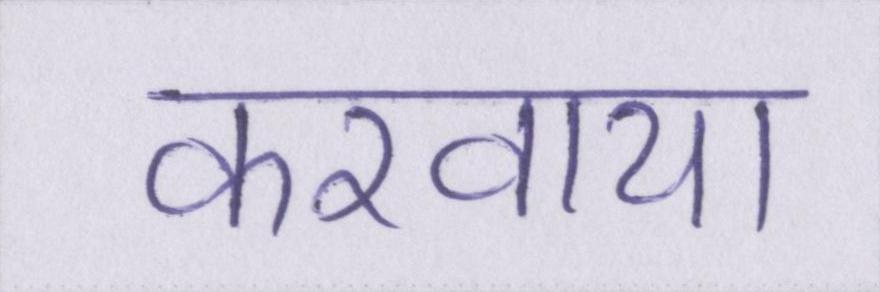
करवाया